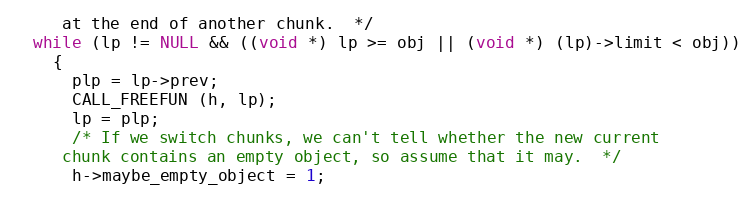
Language: C
     at the end of another chunk.  */
  while (lp != NULL && ((void *) lp >= obj || (void *) (lp)->limit < obj))
    {
      plp = lp->prev;
      CALL_FREEFUN (h, lp);
      lp = plp;
      /* If we switch chunks, we can't tell whether the new current
	 chunk contains an empty object, so assume that it may.  */
      h->maybe_empty_object = 1;